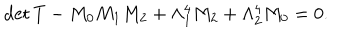
LaTeX: \mathrm { d e t } \, T - M _ { 0 } M _ { 1 } M _ { 2 } + \Lambda _ { 1 } ^ { 4 } M _ { 2 } + \Lambda _ { 2 } ^ { 4 } M _ { 0 } = 0 .